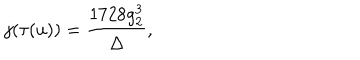
j ( \tau ( u ) ) = \frac { 1 7 2 8 g _ { 2 } ^ { 3 } } { \Delta } ,